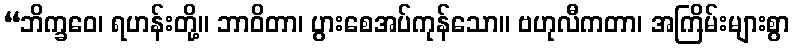
“ဘိက္ခဝေ၊ ရဟန်းတို့။ ဘာဝိတာ၊ ပွားစေအပ်ကုန်သော။ ဗဟုလီကတာ၊ အကြိမ်းများစွာ